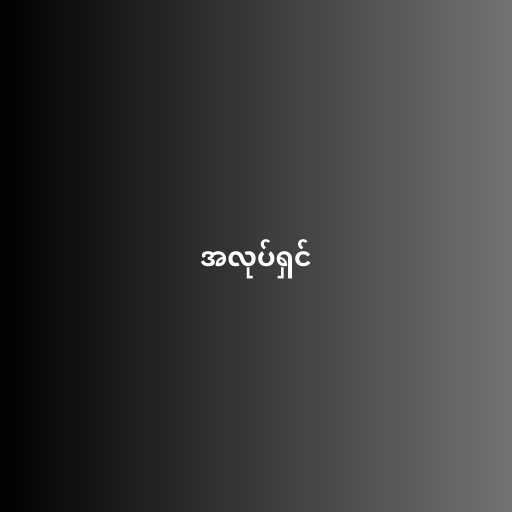
အလုပ်ရှင်